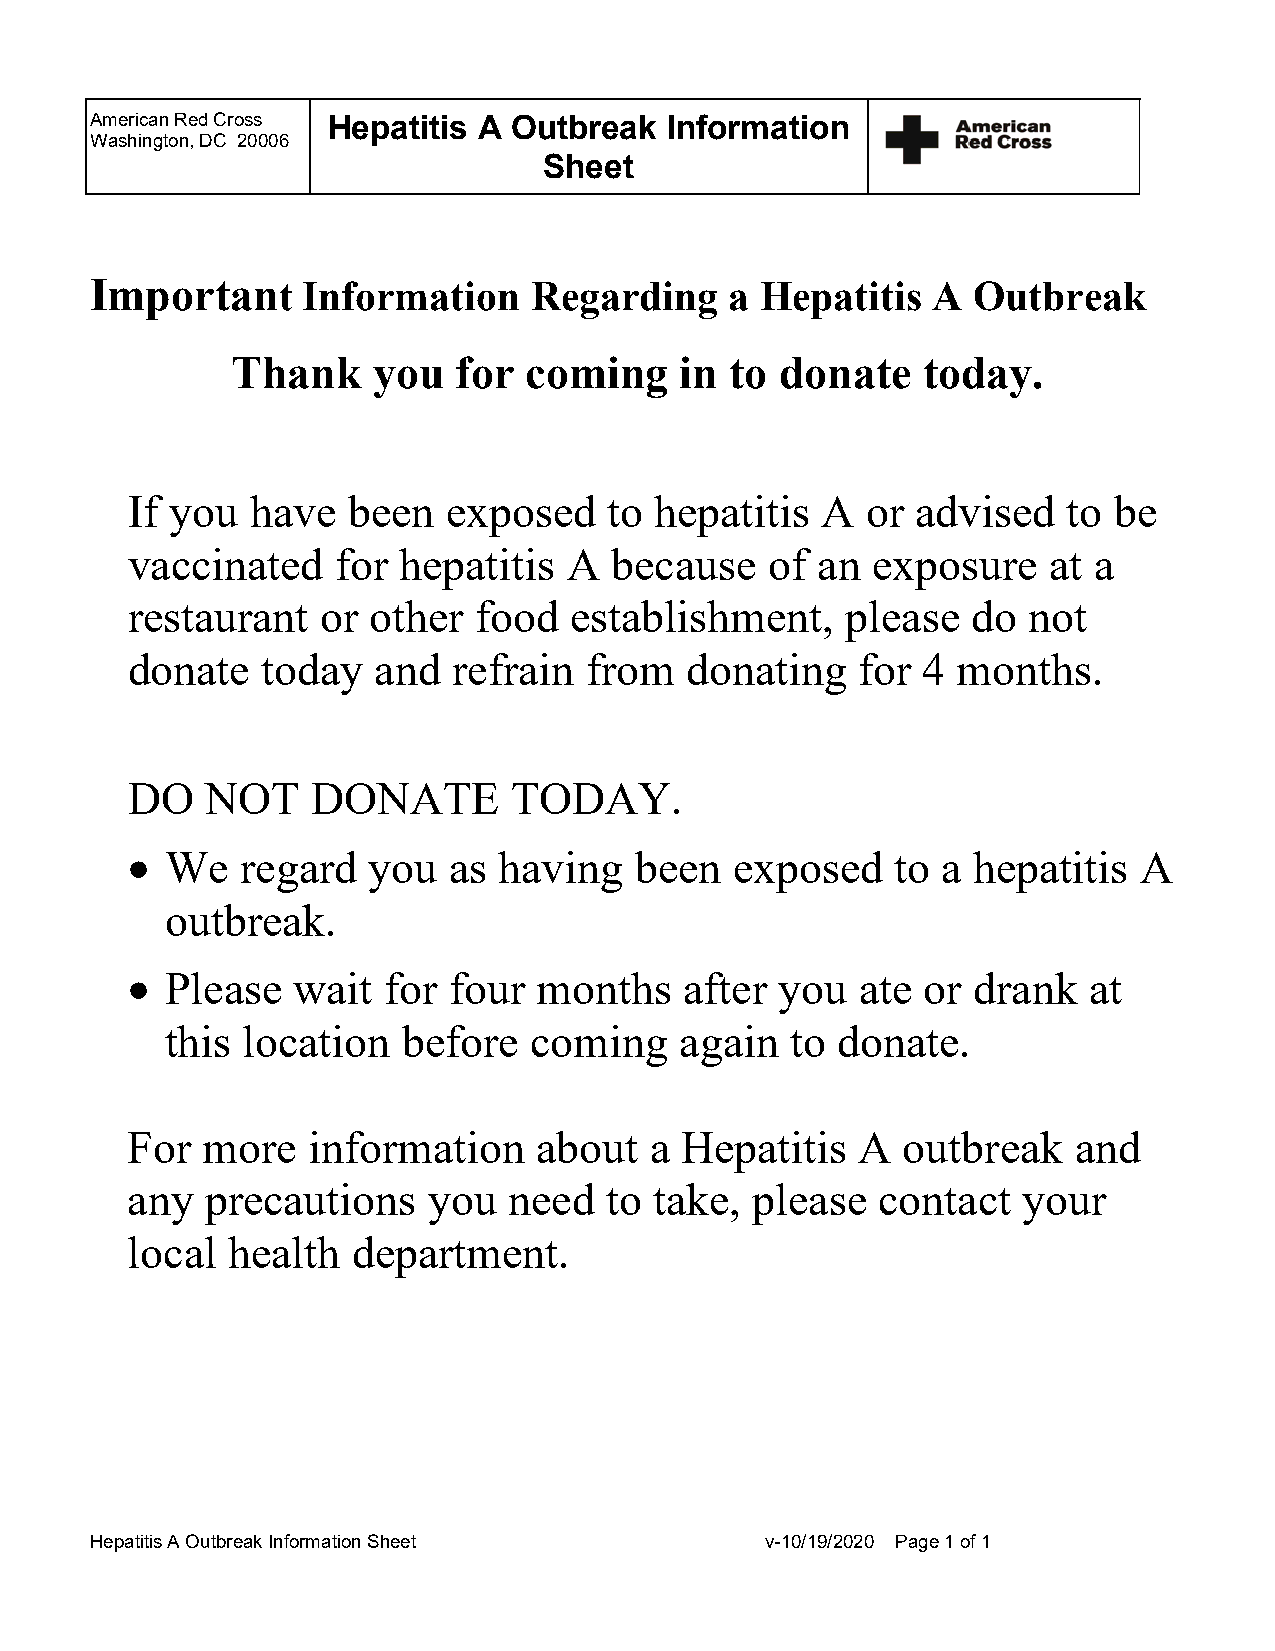
American Red Cross Hepatitis A Outbreak Information
 Washington, DC 20006
 Sheet
 Important     Information    Regarding    a Hepatitis   A Outbreak
 Thank     you  for  coming    in to  donate   today.
 If you   have  been   exposed   to hepatitis  A  or  advised   to be
 vaccinated    for hepatitis   A because    of an  exposure   at a
 restaurant   or other  food   establishment,    please  do  not
 donate   today   and  refrain  from  donating    for 4 months.
 DO    NOT    DONATE       TODAY.
   We   regard  you   as having   been   exposed   to a hepatitis  A
 outbreak.
   Please  wait  for  four  months   after  you  ate or drank   at
 this location   before  coming    again  to donate.
 For  more   information     about  a Hepatitis   A  outbreak   and
 any   precautions   you   need  to take,  please  contact   your
 local  health  department.
 Hepatitis A Outbreak Information Sheet       v-10/19/2020 Page 1 of 1